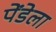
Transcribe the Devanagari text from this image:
पेंडेला